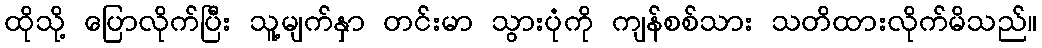
ထိုသို့ ပြောလိုက်ပြီး သူ့မျက်နှာ တင်းမာ သွားပုံကို ကျန်စစ်သား သတိထားလိုက်မိသည်။